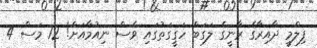
ފިލްމީ ދާއިރާގެ ރާނީގެ ލަގަބް ހަގީގަތުގައި ވެސް ނިއުމާއަށް! 12 މަސް 4